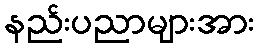
နည်းပညာများအား